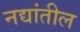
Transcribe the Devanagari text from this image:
नद्यांतील